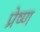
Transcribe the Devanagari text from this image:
प्रेष्ण